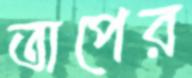
তাপের